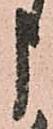
申